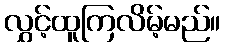
လွှင့်ထူကြလိမ့်မည်။